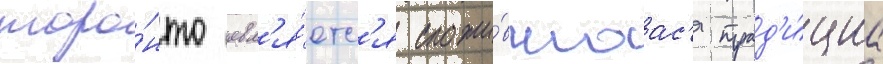
торо́нто явл'я́етс'я сложи́вшаас'я трад'и́циа